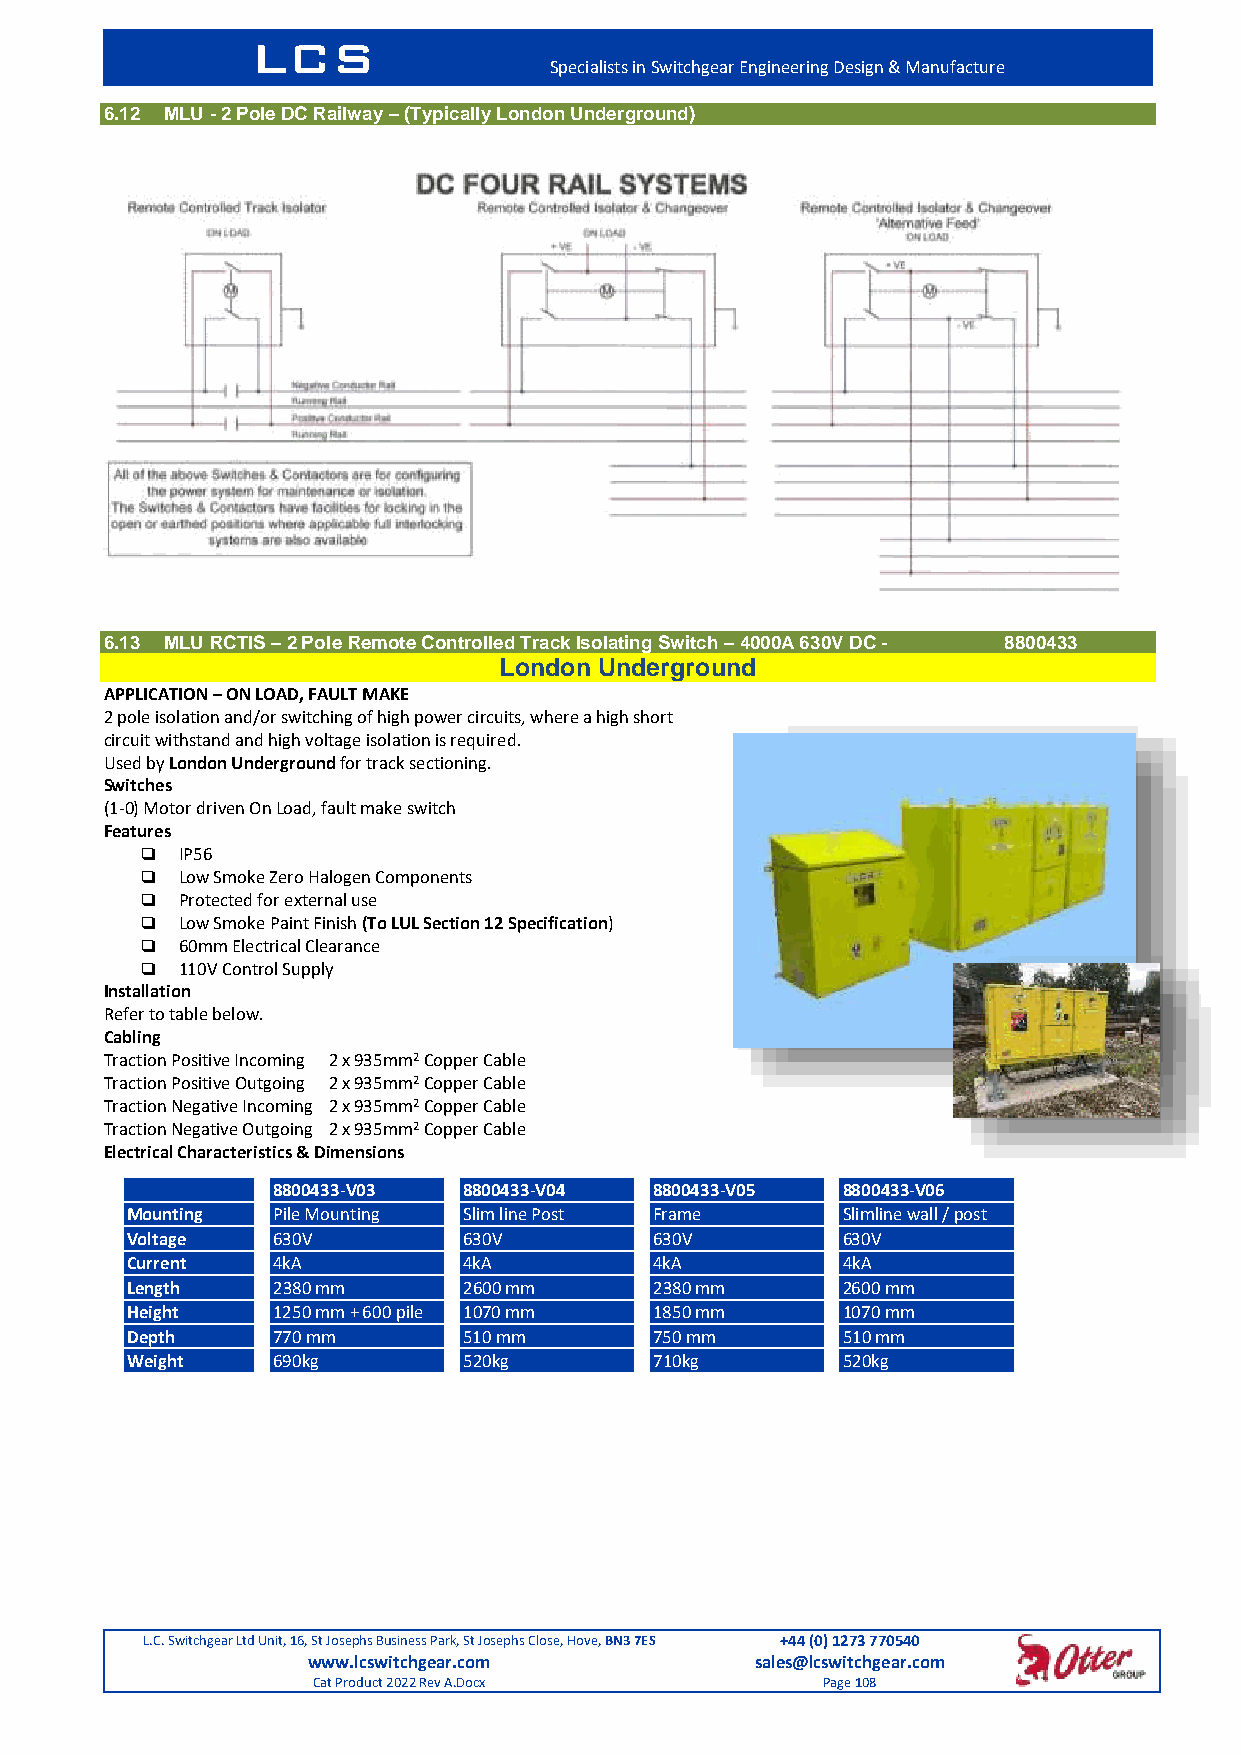
LCS
 Specialists in Switchgear Engineering Design & Manufacture
 6.12 MLU - 2 Pole DC Railway – (Typically London Underground)
 6.13 MLU RCTIS – 2 Pole Remote Controlled Track Isolating Switch – 4000A 630V DC - 8800433
 London Underground
 APPLICATION – ON LOAD, FAULT MAKE
 2 pole isolation and/or switching of high power circuits, where a high short
 circuit withstand and high voltage isolation is required.
 Used by London Underground for track sectioning.
 Switches
 (1-0) Motor driven On Load, fault make switch
 Features
   IP56
   Low Smoke Zero Halogen Components
   Protected for external use
   Low Smoke Paint Finish (To LUL Section 12 Specification)
   60mm Electrical Clearance
   110V Control Supply
 Installation
 Refer to table below.
 Cabling
 Traction Positive Incoming 2 x 935mm2 Copper Cable
 Traction Positive Outgoing 2 x 935mm2 Copper Cable
 Traction Negative Incoming 2 x 935mm2 Copper Cable
 Traction Negative Outgoing 2 x 935mm2 Copper Cable
 Electrical Characteristics & Dimensions
 8800433-V03  8800433-V04 8800433-V05  8800433-V06
 Mounting  Pile Mounting Slim line Post Frame    Slimline wall / post
 Voltage   630V         630V        630V         630V
 Current   4kA          4kA         4kA          4kA
 Length    2380 mm      2600 mm     2380 mm      2600 mm
 Height    1250 mm + 600 pile 1070 mm 1850 mm    1070 mm
 Depth     770 mm       510 mm      750 mm       510 mm
 Weight    690kg        520kg       710kg        520kg
 L.C. Switchgear Ltd Unit, 16, St Josephs Business Park, St Josephs Close, Hove, BN3 7ES +44 (0) 1273 770540
 www.lcswitchgear.com          sales@lcswitchgear.com
 Cat Product 2022 Rev A.Docx      Page 108